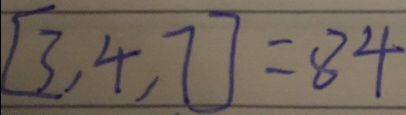
[ 3 , 4 , 7 ] = 8 4